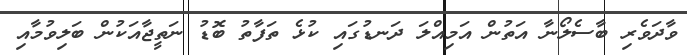
ވާދަވެރި ބާސެލޯނާ އަތުން އަމިއްލަ ދަނޑުގައި ކުޅެ ތަފާތު ބޮޑު ނަތީޖާއަކުން ބަލިވުމާއި